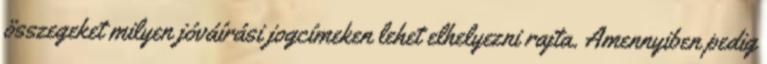
összegeket milyen jóváírási jogcímeken lehet elhelyezni rajta. Amennyiben pedig